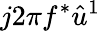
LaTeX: j2\pi f^{*}\hat{u}^{1}